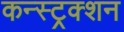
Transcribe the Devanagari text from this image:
कन्स्ट्रक्‍शन